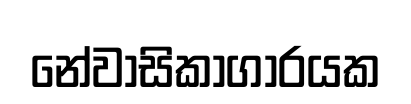
නේවාසිකාගාරයක